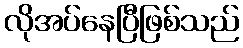
လိုအပ်နေပြီဖြစ်သည်